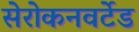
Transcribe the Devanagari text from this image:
सेरोकनवर्टेड